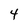
Character: 4